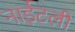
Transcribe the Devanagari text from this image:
नाईटली